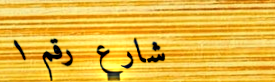
شارع رقم ١